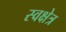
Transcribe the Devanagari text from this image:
स्वक्षेत्र